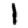
Digit: 1